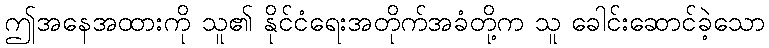
ဤအနေအထားကို သူ၏ နိုင်ငံရေးအတိုက်အခံတို့က သူ ခေါင်းဆောင်ခဲ့သော